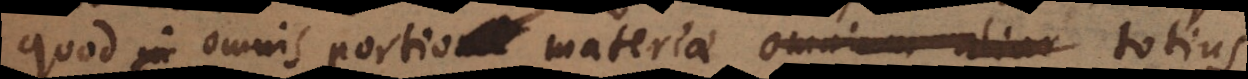
quod omnis portio materiae omnium aliar totius